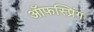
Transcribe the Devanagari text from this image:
ऑफस्प्रिंग